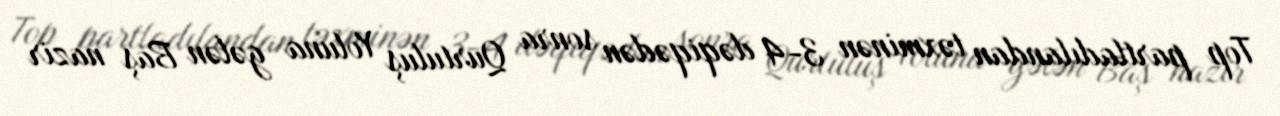
Top partladılandan təxminən 3-4 dəqiqədən sonra Qurtuluş Yoluna gələn Baş nazir